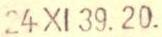
24 XI 39. 20.